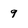
Character: 9